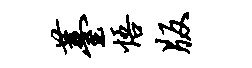
薹悟版